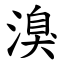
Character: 溴